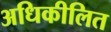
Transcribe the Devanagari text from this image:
अधिकीलित